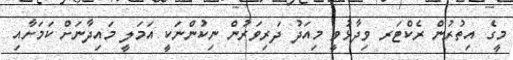
މީގެ އިތުރުން ރެކްޓަރ ވިދާޅުވީ މިއަދު ދަރިވަރުން ނިކުންނަކީ އަމަލީ މައިދާނަށް ކަމަށާއި